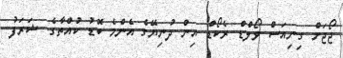
ޖޯޖަށް ގިނިއަސް ވޯލްޑް ރެކޯޑް އިން ދުނިޔޭގެ އެންމެ ބޮޑު ކުއްތާގެ ޝަރަފު